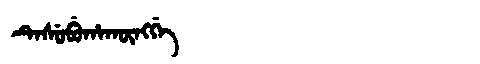
Manchu: ᡨᡝᠰᡠᠪᡠᡥᠠᡴᡡᠩᡤᡝ
Romanization: TESUBUHAKŪNGGE